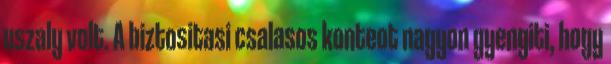
uszaly volt. A biztositasi csalasos konteot nagyon gyengiti, hogy